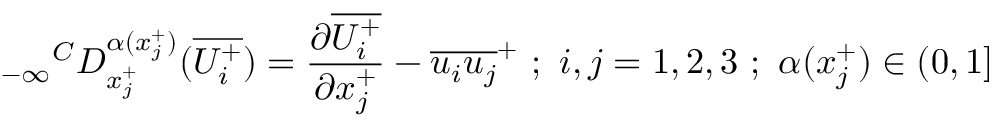
{ _ { - \infty } } ^ { C } D _ { x _ { j } ^ { + } } ^ { \alpha ( x _ { j } ^ { + } ) } ( \overline { { U _ { i } ^ { + } } } ) = \frac { \partial \overline { { U _ { i } ^ { + } } } } { \partial x _ { j } ^ { + } } - \overline { { u _ { i } u _ { j } } } ^ { + } ~ ; ~ i , j = 1 , 2 , 3 ~ ; ~ \alpha ( x _ { j } ^ { + } ) \in ( 0 , 1 ]